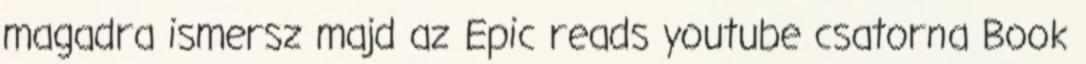
magadra ismersz majd az Epic reads youtube csatorna Book